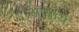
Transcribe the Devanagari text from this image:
आयार्य